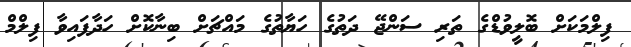
ފިލްމަކަށް ބޮލީވުޑްގެ ތަރި ސަންޖޭ ދަތުގެ ހަޔާތުގެ މައްޗަށް ބިނާކޮށް ހަދާފައިވާ ފިލްމް